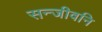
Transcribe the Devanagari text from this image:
सन्जीवनि